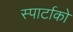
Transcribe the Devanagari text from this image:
स्पार्टाको